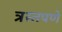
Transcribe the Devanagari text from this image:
त्रस्तपणे